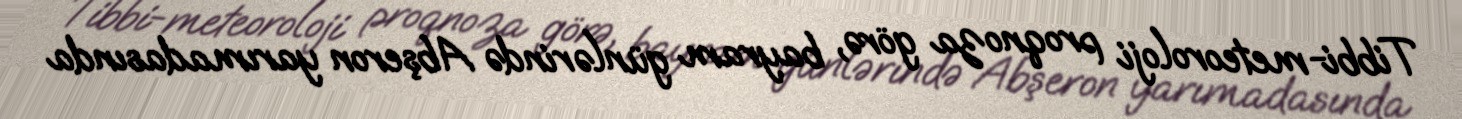
Tibbi-meteoroloji proqnoza görə, bayram günlərində Abşeron yarımadasında